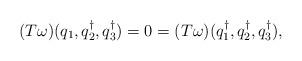
LaTeX: \begin{align*}(T\omega)(q_1,q_2^\dagger,q_3^\dagger) = 0 =(T\omega)(q_1^\dagger,q_2^\dagger,q_3^\dagger),\end{align*}